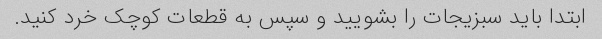
ابتدا باید سبزیجات را بشویید و سپس به قطعات کوچک خرد کنید.